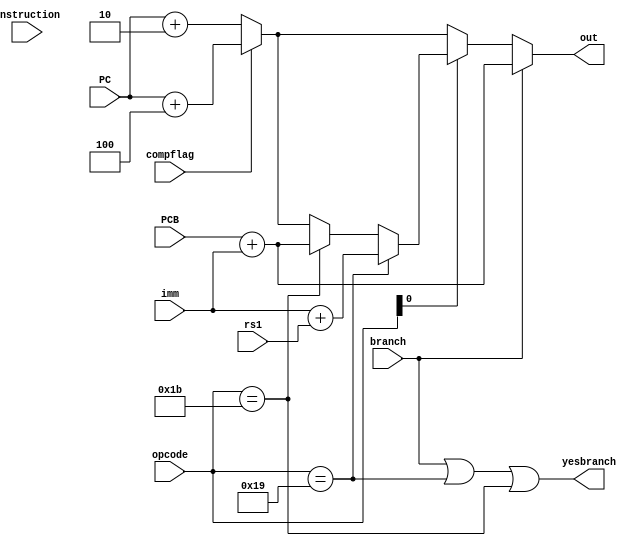
`timescale 1ns / 1ps
/*******************************************************************
*
* Module: PCControlUnit.v
* Project: RISC-V CPU
* Description: The PC control unit
* Change history:
* 2/7/19 - We edited the Module
**********************************************************************/
module PCControlUnit(input [31:0] instruction,
input [4:0] opcode,
input branch,
input [31:0]PC,
input [31:0] PCB, 
input [31:0] rs1, 
input[31:0] imm, 
output yesbranch,
output reg[31:0]  out,
input compflag
);
always @* begin
if(branch)
    out <= PCB+imm;
else if(opcode[0]==0)
begin
    if(compflag)
    out<=PC+4;
    else  out<=PC+2;
    end
else begin
    if(opcode == 7'b11_001)
        out<=imm+rs1;
    else if (opcode == 5'b11_011)
        out<= PCB+imm;
    else 
    begin
    if(compflag)
    out<=PC+4;
    else  out<=PC+2;
    end
end
end
assign yesbranch = (branch | (opcode == 5'b11_001) | (opcode == 5'b11_011));
endmodule